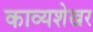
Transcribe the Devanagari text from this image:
काव्यशेखर